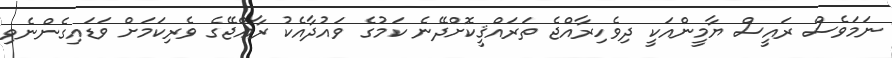
ނަމަވެސް ރައީސް ޔާމީންއަކީ ދިވެހިރާއްޖެ ތަރައްޤީކޮށްދޭނެ ކަމުގެ ވައުދާއެކު ރާޢްޖޭގެ ވެރިކަމަށް ވަޑައިގެންނެވި